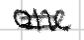
Text: one
Cross-out: mix
Writing tool: digital_black